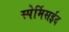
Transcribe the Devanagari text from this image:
स्पेर्मिसईद